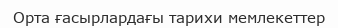
Орта ғасырлардағы тарихи мемлекеттер